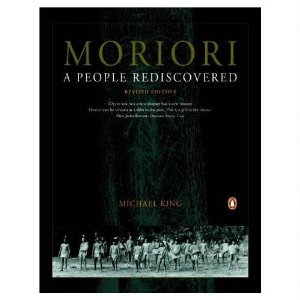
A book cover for Moriori: A People Rediscovered; Michael King; History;